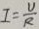
I = \frac { U } { R }